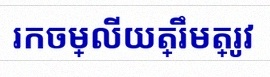
រកចម្លើយត្រឹមត្រូវ